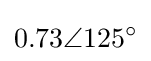
0.73\angle 125^{\circ }